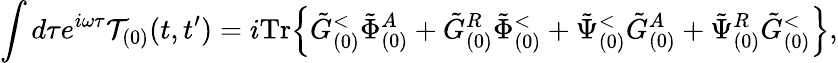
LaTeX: \int d\tau e^{i\omega\tau}\mathcal{T}_{(0)}(t,t^{\prime})=i\mathrm{Tr}\Big\{ \tilde{G}_{(0)}^{<}\tilde{\Phi}_{(0)}^{A}+\tilde{G}_{(0)}^{R}\tilde{\Phi}_{(0)}^{<}+\tilde{\Psi}_{(0)}^{<}\tilde{G}_{(0)}^{A}+\tilde{\Psi}_{(0)}^{R}\tilde{G}_{(0)}^{<}\Big\} ,